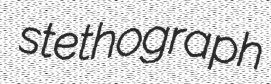
stethograph